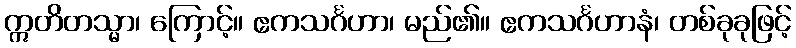
ဣတိတသ္မာ၊ ကြောင့်။ ဧကသင်္ဂဟာ၊ မည်၏။ ဧကသင်္ဂဟာနံ၊ တစ်ခုခုဖြင့်